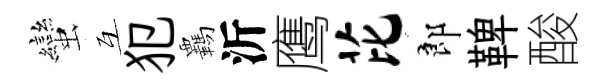
蠻互犯覊沂鹰芘郎鞞酸